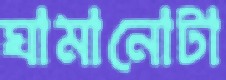
ঘামানোটা